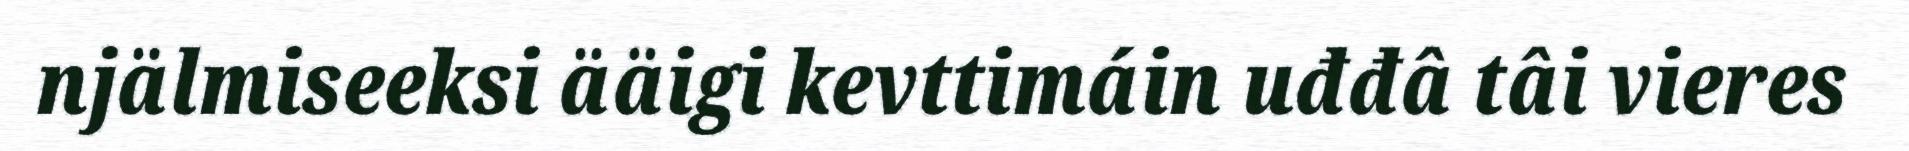
njälmiseeksi ääigi kevttimáin uđđâ tâi vieres